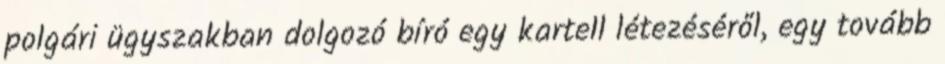
polgári ügyszakban dolgozó bíró egy kartell létezéséről, egy tovább